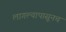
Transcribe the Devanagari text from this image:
लागल्यापासूनच